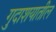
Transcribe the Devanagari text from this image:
गुदाशयातील